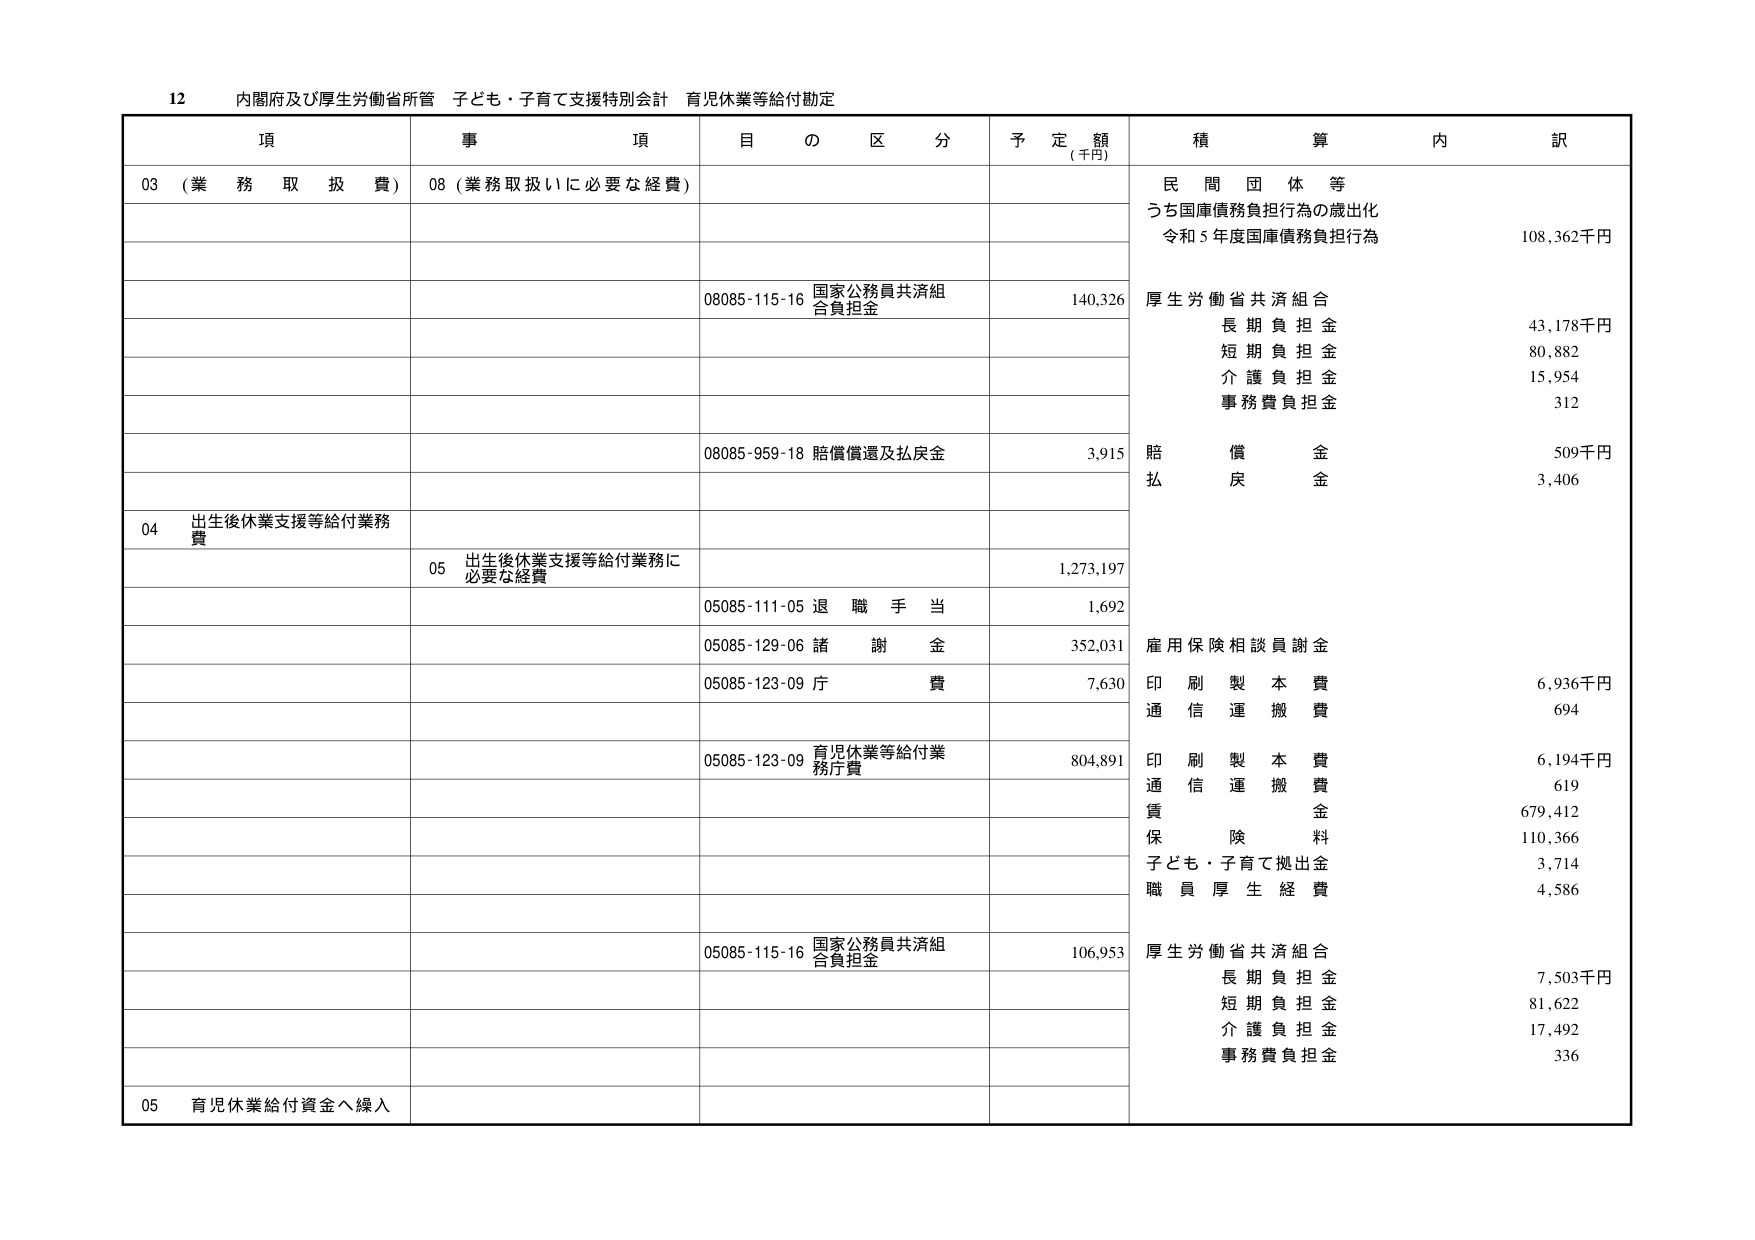
12 内閣府及び厚生労働省所管 子ども・子育て支援特別会計 育児休業等給付勘定

項 事 項 目 の 区 分 予 定 額 (千円) 積 算 内 訳

03 (業務取扱費) 08 (業務取扱いに必要な経費)

民 間 団 体 等
うち国庫債務負担行為の歳出化
令和5年度国庫債務負担行為
108,362千円

08085-115-16 国家公務員共済組合負担金 140,326 厚生労働省共済組合
長期負担金 43,178千円
短期負担金 80,882
介護負担金 15,954
事務費負担金 312

08085-959-18 賠償償還及払戻金 3,915 賠償金 509千円
払戻金 3,406

04 出生後休業支援等給付業務費

05 出生後休業支援等給付業務に必要な経費 1,273,197

05085-111-05 退職手当 1,692

05085-129-06 諸謝金 352,031 雇用保険相談員謝金

05085-123-09 庁費 7,630 印刷製本費 6,936千円
通信運搬費 694

05085-123-09 育児休業等給付業務庁費 804,891 印刷製本費 6,194千円
通信運搬費 619
賃金 679,412
保険料 110,366
子ども・子育て拠出金 3,714
職員厚生経費 4,586

05085-115-16 国家公務員共済組合負担金 106,953 厚生労働省共済組合
長期負担金 7,503千円
短期負担金 81,622
介護負担金 17,492
事務費負担金 336

05 育児休業給付資金へ繰入